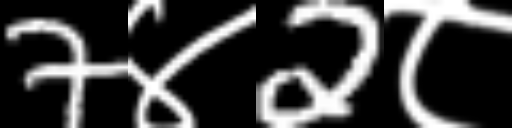
Text: 7४2८